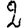
Digit: 2